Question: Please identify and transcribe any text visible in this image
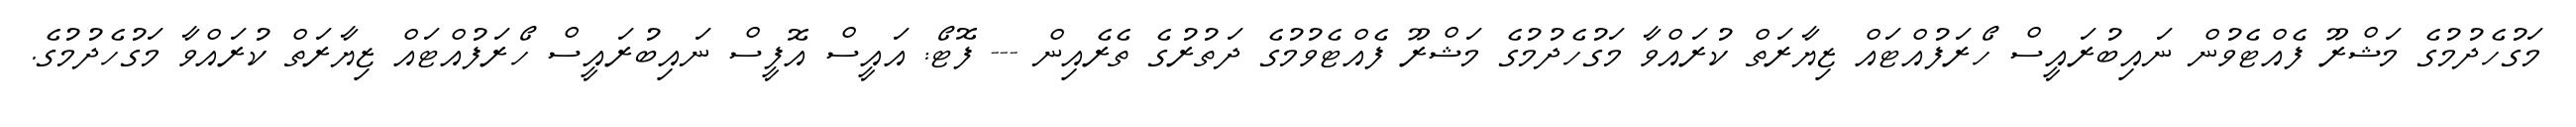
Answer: މަގުހެދުމުގެ މަޝްރޫ ފެއްޓެވުން ނައިބުރައީސް ހޯރަފުއްޓައް ޒިޔާރަތް ކުރައްވާ މަގުހެދުމުގެ މަޝްރޫ ފެއްޓެވުމުގެ ދަތުރުގެ ތެރެއިން --- ފޮޓޯ: އައީސް އޮފީސް ނައިބުރައީސް ހޯރަފުއްޓައް ޒިޔާރަތް ކުރައްވާ މަގުހެދުމުގެ.